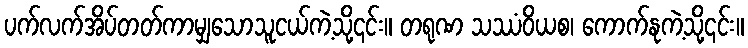
ပက်လက်အိပ်တတ်ကာမျှသောသူငယ်ကဲ့သို့၎င်း။ တရုဏ သဿံဝိယစ၊ ကောက်နုကဲ့သို့၎င်း။